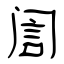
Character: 訚